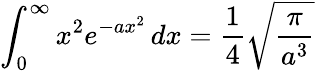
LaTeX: \int_{0}^{\infty}{x^{2}e^{-ax^{2}}\, dx}={\frac{1}{4}}{\sqrt{\frac{\pi}{a^{3}}}}